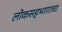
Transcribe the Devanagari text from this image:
लोकसहभागाचा